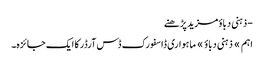
- ذہنی دباؤمزید پڑھنے
اہم » ذہنی دباؤ » ماہواری ڈاسفورک ڈس آرڈر کا ایک جائزہ۔